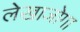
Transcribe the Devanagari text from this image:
लेखाजोगा